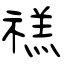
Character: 禚